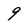
Character: 9